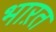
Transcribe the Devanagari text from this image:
भाऱत